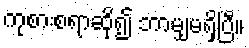
ကုစားစရာဆို၍ ဘာမျှမရှိပြီ။